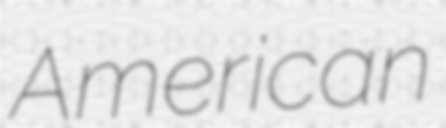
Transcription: American